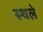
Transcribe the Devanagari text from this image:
स्थले